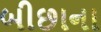
બીછાના